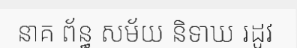
នាគ ព័ន្ធ សម័យ និទាឃ រដូវ